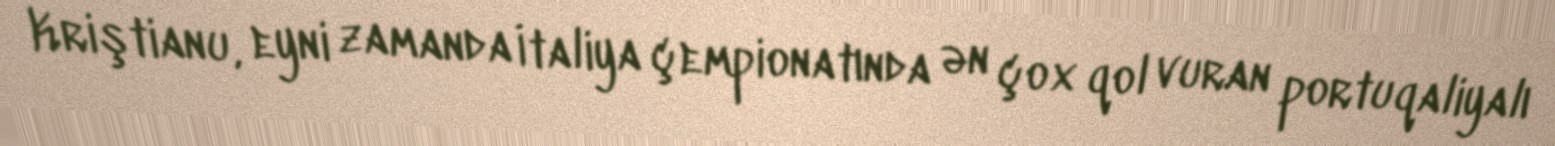
Kriştianu, eyni zamanda İtaliya çempionatında ən çox qol vuran portuqaliyalı